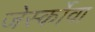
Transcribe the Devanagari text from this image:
जेर्स्कोवा